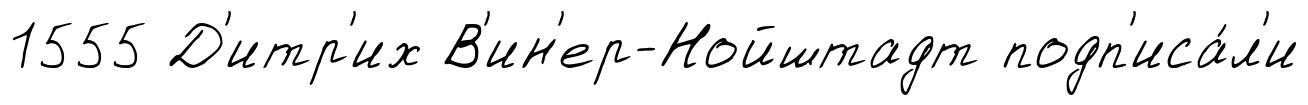
1555 Д'итр'их В'ин'ер-Нойштадт подп'иса́л'и